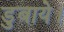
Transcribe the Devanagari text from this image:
डुबाये।